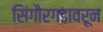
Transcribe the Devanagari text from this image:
सिंगौरगडावरून